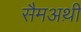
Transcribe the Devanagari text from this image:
सैमअथ़ी